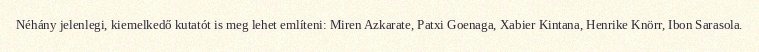
Néhány jelenlegi, kiemelkedő kutatót is meg lehet említeni: Miren Azkarate, Patxi Goenaga, Xabier Kintana, Henrike Knörr, Ibon Sarasola.